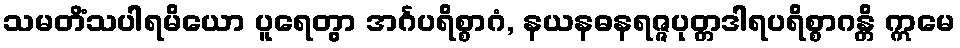
သမတိံသပါရမိယော ပူရေတွာ အင်္ဂပရိစ္စာဂံ, နယနဓနရဇ္ဇပုတ္တဒါရပရိစ္စာဂန္တိ ဣမေ